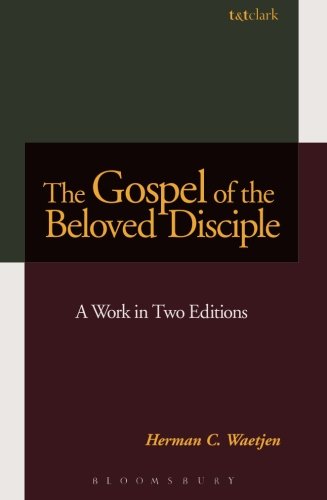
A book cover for The Gospel of the Beloved Disciple: A Work in Two Editions; Herman C. Waetjen; Test Preparation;